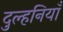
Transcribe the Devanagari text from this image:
दुल्हनियाँ